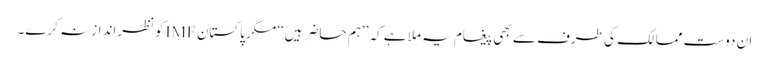
ان دوست ممالک کی طرف سے بھی پیغام یہ ملا ہے کہ ’’ہم حاضر ہیں‘‘ مگر پاکستان IMFکو نظرانداز نہ کرے۔